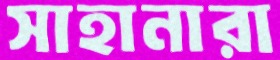
সাহানারা